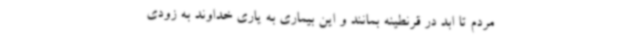
مردم تا ابد در قرنطینه بمانند و این بیماری به یاری خداوند به زودی